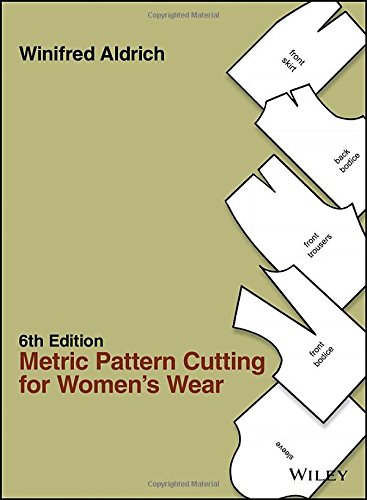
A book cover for Metric Pattern Cutting for Women's Wear; Winifred Aldrich; Crafts, Hobbies & Home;